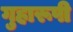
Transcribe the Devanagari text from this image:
गुहारूपी